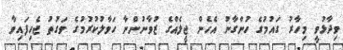
ވިދާޅުވީ މިހާރު ގައުމުގެ ހުންގާނު އެހެން ޖީލެއްގެ ޒުވާނުންނާ ހަވާލުކުރުމުގެ ވަގުތު ޖެހިފައިވާ